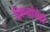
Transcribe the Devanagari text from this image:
लिप्यांचेही